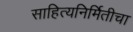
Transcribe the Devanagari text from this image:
साहित्यनिर्मितीचा